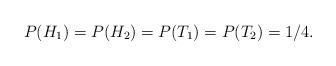
LaTeX: \begin{align*}P(H_{1}) = P(H_{2}) = P(T_{1}) = P(T_{2}) = 1/4.\end{align*}